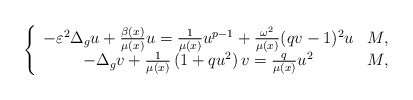
\begin{align*}\left\{\begin{array}[c]{cc}-\varepsilon^{2}\Delta_{{g}}u+\frac{\beta(x)}{\mu(x)}u=\frac{1}{\mu(x)}u^{p-1}+\frac{\omega^{2}}{\mu(x)}(qv-1)^{2}u & M,\\-\Delta_{g}v+\frac{1}{\mu(x)}\left( 1+qu^{2}\right) v=\frac{q}{\mu(x)}u^{2}& M,\end{array}\right. \end{align*}